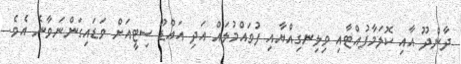
ދާންދޫ އާއި ކޮލަމާފުއްޓާއި ވިލިނގިއްޔާއި ފުވައްމުލައް އަދި އައްޑޫ ސިޓީއަށް ވަޑައިގަންނަވާނެ އެވެ.